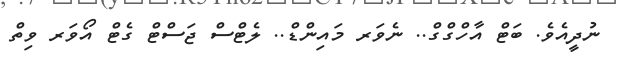
ނުދީއެވެ. ބަޓް އާހްގްގް.. ނެވަރ މައިންޑް.. ލެޓްސް ޖަސްޓް ގެޓް އޯވަރ ވިތް